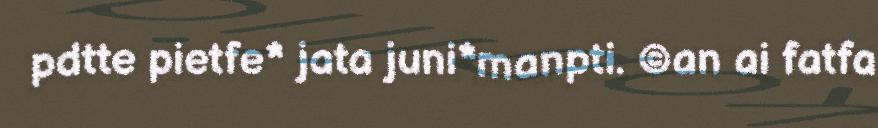
pdtte pietfe* jata juni*manpti. ©an ai fatfa